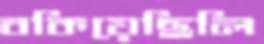
বকিয়েছিলি